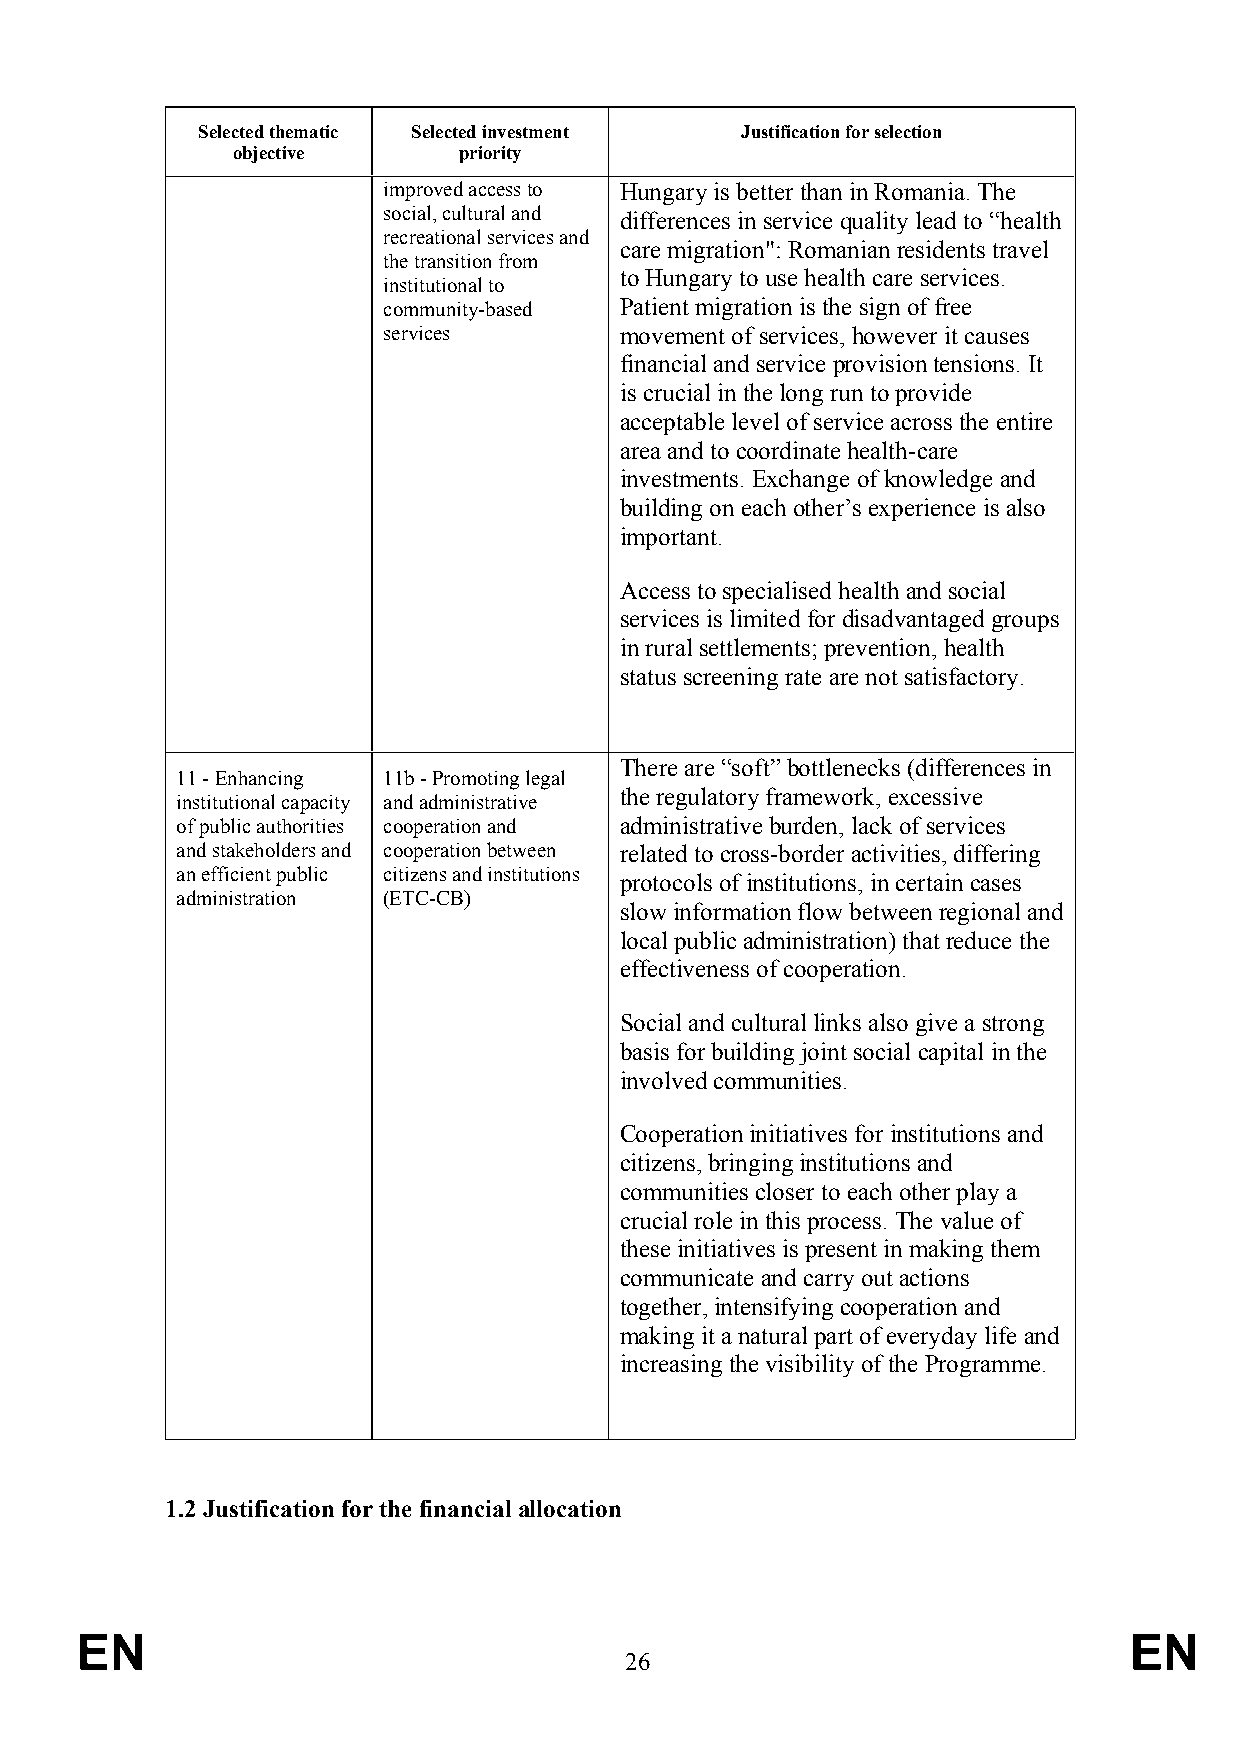
Selected thematic Selected investment Justification for selection
 objective      priority
 improved access to Hungary is better than in Romania. The
 social, cultural and differences in service quality lead to “health
 recreational services and
 care migration": Romanian residents travel
 the transition from
 to Hungary to use health care services.
 institutional to
 community-based Patient migration is the sign of free
 services        movement of services, however it causes
 financial and service provision tensions. It
 is crucial in the long run to provide
 acceptable level of service across the entire
 area and to coordinate health-care
 investments. Exchange of knowledge and
 building on each other’s experience is also
 important.
 Access to specialised health and social
 services is limited for disadvantaged groups
 in rural settlements; prevention, health
 status screening rate are not satisfactory.
 There are “soft” bottlenecks (differences in
 11 - Enhancing 11b - Promoting legal
 the regulatory framework, excessive
 institutional capacity and administrative
 of public authorities cooperation and administrative burden, lack of services
 and stakeholders and cooperation between related to cross-border activities, differing
 an efficient public citizens and institutions
 protocols of institutions, in certain cases
 administration (ETC-CB)
 slow information flow between regional and
 local public administration) that reduce the
 effectiveness of cooperation.
 Social and cultural links also give a strong
 basis for building joint social capital in the
 involved communities.
 Cooperation initiatives for institutions and
 citizens, bringing institutions and
 communities closer to each other play a
 crucial role in this process. The value of
 these initiatives is present in making them
 communicate and carry out actions
 together, intensifying cooperation and
 making it a natural part of everyday life and
 increasing the visibility of the Programme.
 1.2 Justification for the financial allocation
 EN                                                                    EN
 26